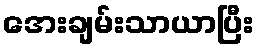
အေးချမ်းသာယာပြီး